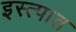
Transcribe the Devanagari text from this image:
इस्त्पात